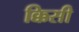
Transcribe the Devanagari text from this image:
क्किसी